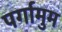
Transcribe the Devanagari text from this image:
पर्गामुम